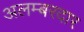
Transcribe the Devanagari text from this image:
अलम्बरदार